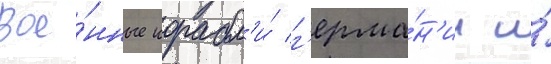
вое́нные корабл'и́ г'ерма́н'ии и́